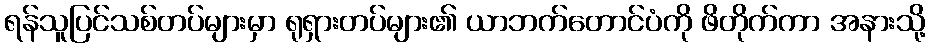
ရန်သူပြင်သစ်တပ်များမှာ ရုရှားတပ်များ၏ ယာဘက်တောင်ပံကို ဖိတိုက်ကာ အနားသို့